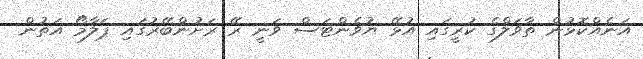
އަނެއްކޮޅުން ތާވަލްގެ ކުރީގައި އުޅޭ ޔުވެންޓަސް ވަނީ ރޭ ރަށުންބޭރުގައި ޕަލާމޯ އަތުން